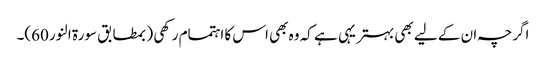
اگرچہ ان کے لیے بھی بہتر یہی ہے کہ وہ بھی اس کا اہتمام رکھی (بمطابق سورۃ النور 60)۔